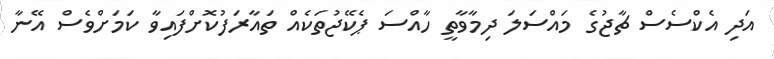
އަދި އެކްސެސް ޗާޖުގެ މައްސަލަ ދިމާވާތީ ހާއްސަ ޕެކޭޖުތަކެއް ތައާރަފުކޮށްފައިވާ ކަމަށްވެސް އޭނާ